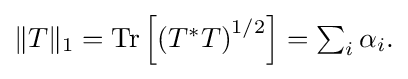
{\textstyle \|T\|_{1}=\operatorname {Tr} \left[\left(T^{*}T\right)^{1/2}\right]=\sum _{i}\alpha _{i}.}